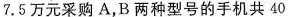
7.5万元采购A，B两种型号的手机共40